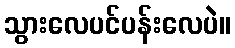
သွားလေပင်ပန်းလေပဲ။